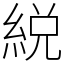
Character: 綐